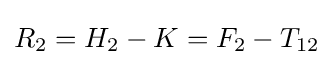
R_{2}=H_{2}-K=F_{2}-T_{12}